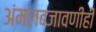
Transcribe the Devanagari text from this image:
अंमलबजावणीही